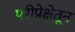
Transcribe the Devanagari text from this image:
परीप्रेक्षेतून